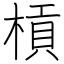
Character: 槓